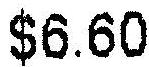
$6.60